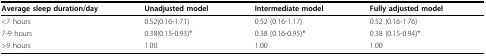
| Average sleep duration/day | Unadjusted model | Intermediate model | Fully adjusted model |
 | --- | --- | --- | --- |
 | <7 hours | 0.52(0.16-1.71) | 0.52 (0.16-1.17) | 0.52 (0.16-1.76) |
 | 7-9 hours | 0.38(0.15-0.93)* | 0.38 (0.16-0.95)* | 0.38 (0.15-0.94)* |
 | >9 hours | 1.00 | 1.00 | 1.00 |